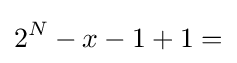
2^{N}-x-1+1=